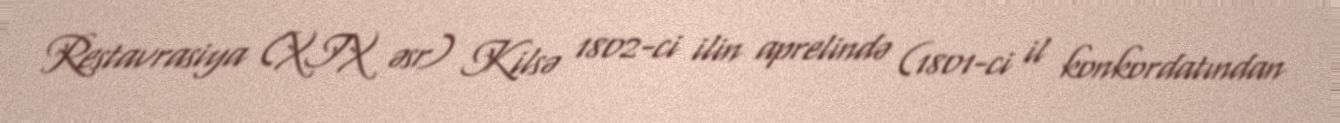
Restavrasiya (XIX əsr) Kilsə 1802-ci ilin aprelində (1801-ci il konkordatından